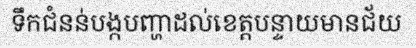
ទឹកជំនន់បង្កបញ្ហាដល់ខេត្តបន្ទាយមានជ័យ